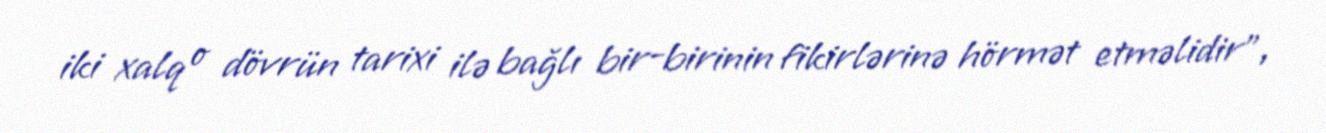
iki xalq o dövrün tarixi ilə bağlı bir-birinin fikirlərinə hörmət etməlidir”,